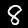
Label: 8